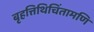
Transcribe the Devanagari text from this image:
बृहत्तिथिचिंतामणि